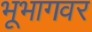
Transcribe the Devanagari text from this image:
भूभागवर